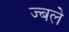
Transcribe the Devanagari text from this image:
ज्बले